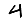
Digit: 4